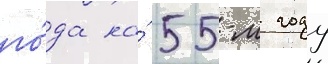
го́да на́ 55-м году